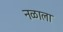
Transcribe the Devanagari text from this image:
नळाला